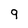
Character: 9